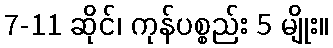
7-11 ဆိုင်၊ ကုန်ပစ္စည်း 5 မျိုး။